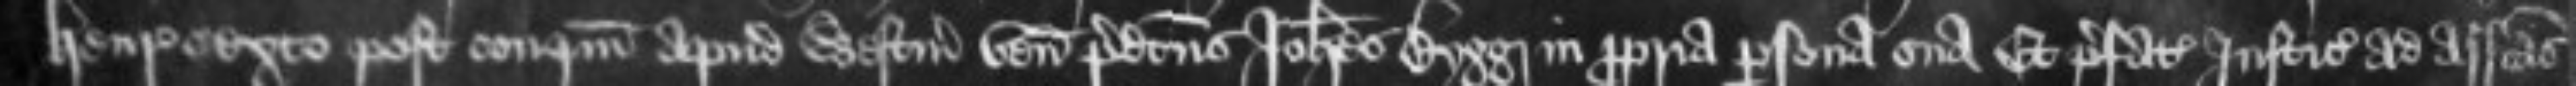
Henrico sexto post conquestum apud Westmonasterium venit predictus Johannes Bygg in propria persona sua Et prefati Justiciarii ad assisas